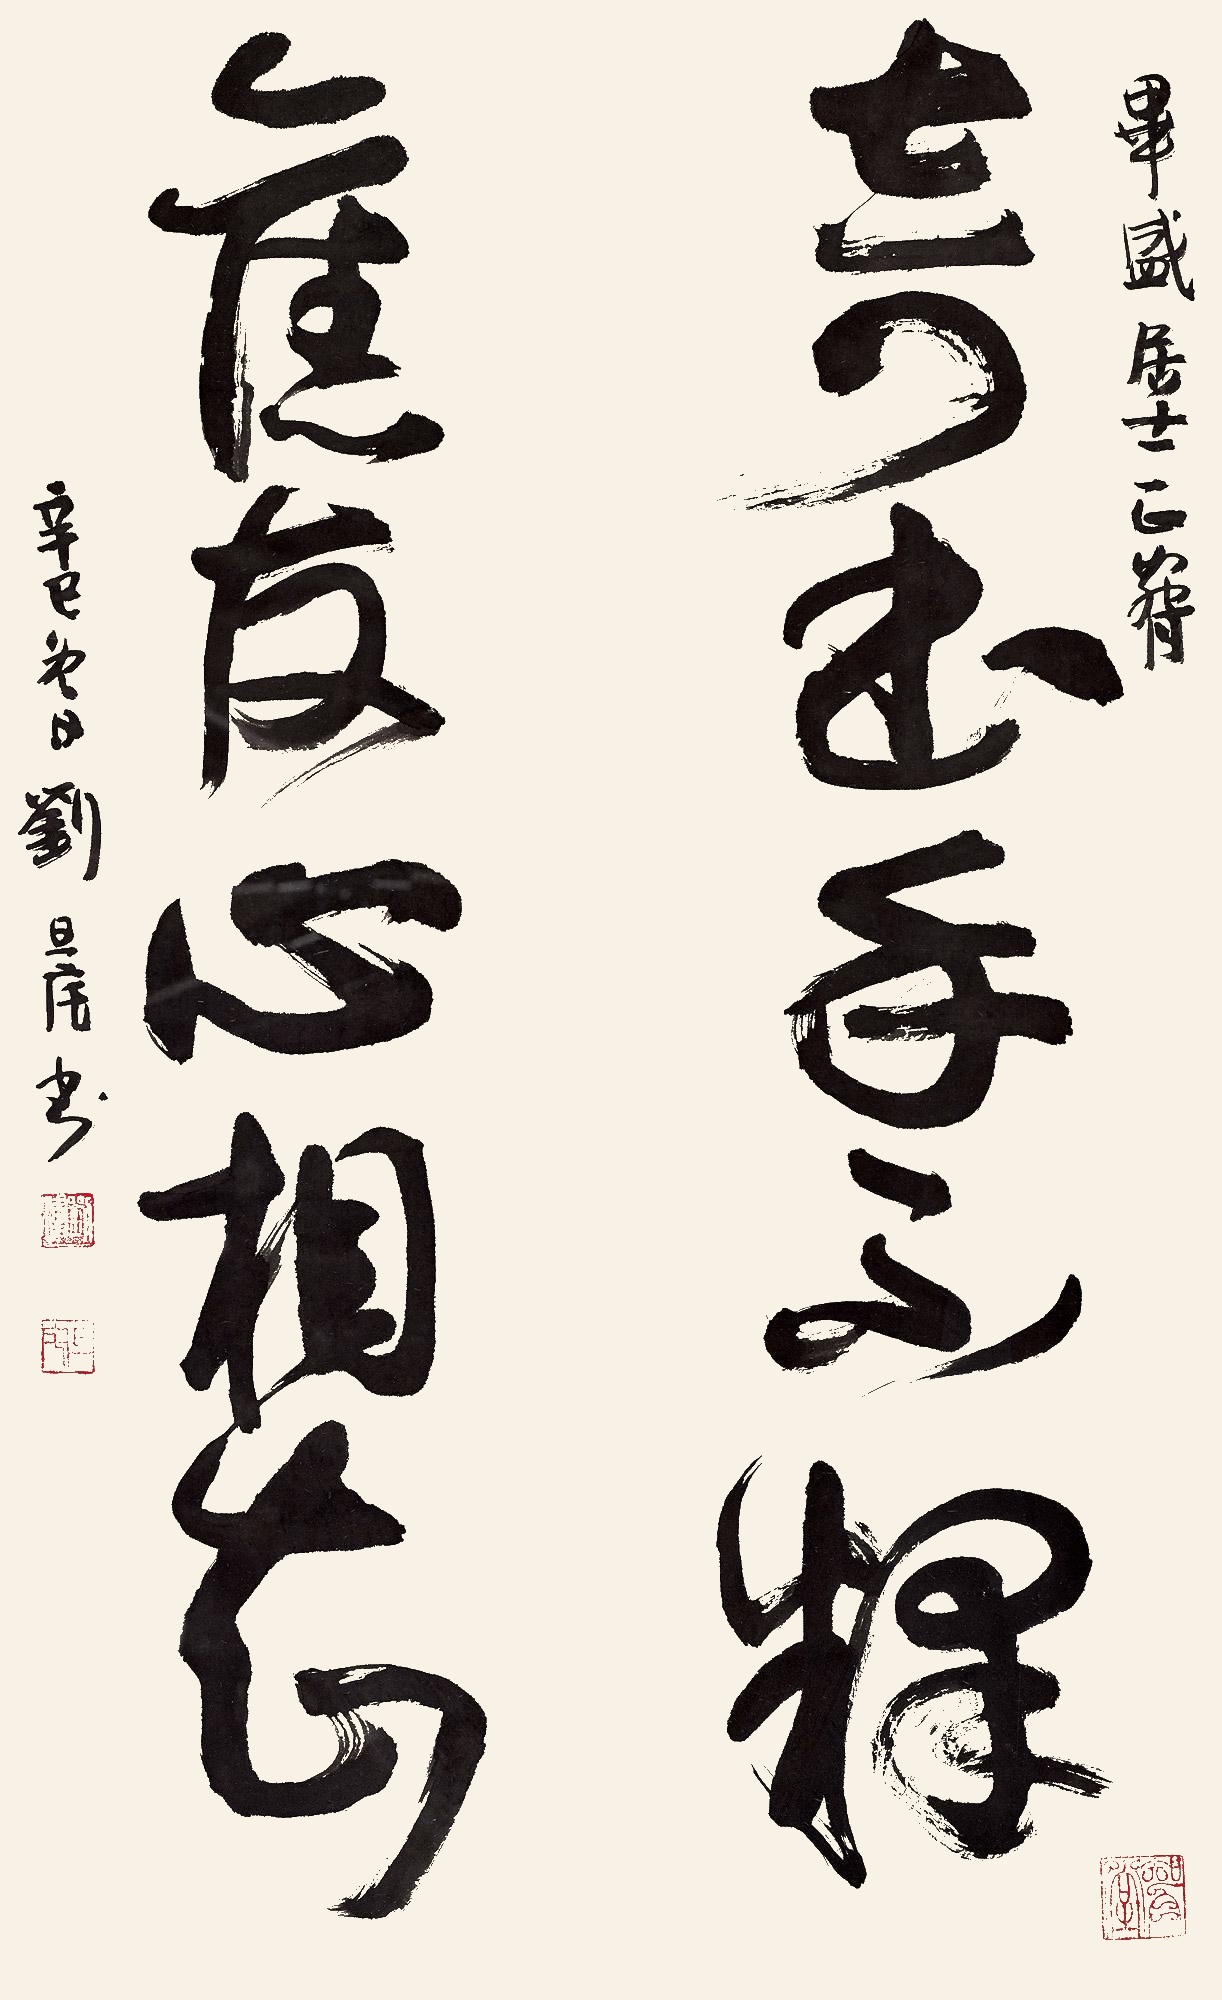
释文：奇书手不释，旧友心相知。毕盛居士正腕，辛巳冬日刘旦宅书。